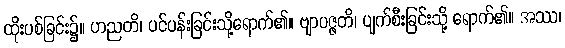
ထိုးပစ်ခြင်း၌။ ဟညတိ၊ ပင်ပန်းခြင်းသို့ရောက်၏။ ဗျာပဇ္ဇတိ၊ ပျက်စီးခြင်းသို့ ရောက်၏။ အဿ၊